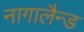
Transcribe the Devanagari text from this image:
नागालैन्ड